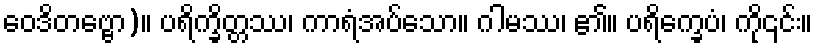
ဝေဒိတဗ္ဗော)။ ပရိက္ခိတ္တဿ၊ ကာရံအပ်သော။ ဂါမဿ၊ ၏။ ပရိက္ခေပံ၊ ကို၎င်း။